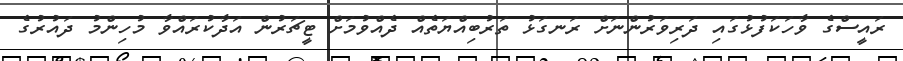
ރައީސްގެ ވާހަކަފުޅުގައި ދަރިވަރުންނަށް ރަނގަޅު ތަރުބިއްޔަތެއް ދެއްވުމަށް ޓީޗަރުން އަދާކުރައްވާ މުހިންމު ދައުރުގެ